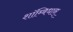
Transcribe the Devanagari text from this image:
शाॅम्बिधान्